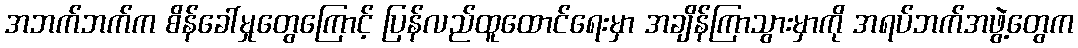
အဘက်ဘက်က စိန်ခေါ်မှုတွေကြောင့် ပြန်လည်ထူထောင်ရေးမှာ အချိန်ကြာသွားမှာကို အရပ်ဘက်အဖွဲ့တွေက